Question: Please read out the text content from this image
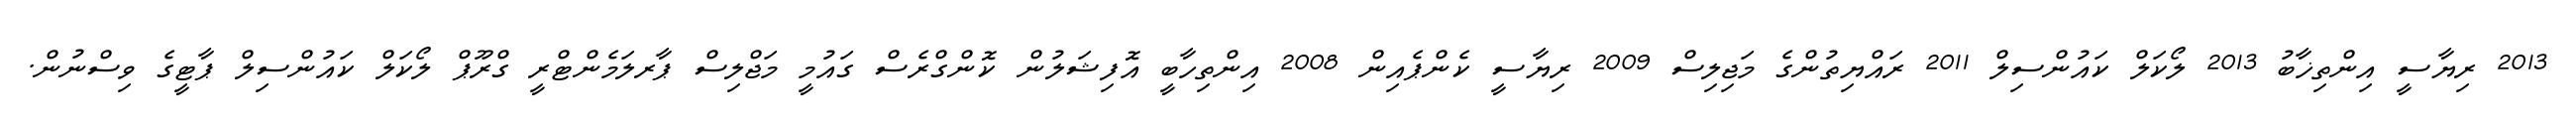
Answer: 2013 ރިޔާސީ އިންތިޚާބު 2013 ލޯކަލް ކައުންސިލް 2011 ރައްޔިތުންގެ މަޖިލިސް 2009 ރިޔާސީ ކެންޕެއިން 2008 އިންތިހާބީ އޮފިޝަލުން ކޮންގްރެސް ގައުމީ މަޖްލިސް ޕާރލަމެންޓްރީ ގްރޫޕް ލޯކަލް ކައުންސިލް ޕާޓީގެ ވިސްނުން.